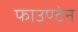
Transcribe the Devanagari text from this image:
फाउण्टेन